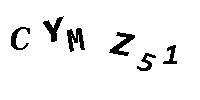
CYMZ51